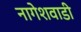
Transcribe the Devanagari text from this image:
नागेशवाडी